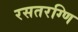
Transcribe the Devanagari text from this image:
रसतरग्णि